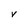
Character: V